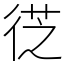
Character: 徔